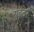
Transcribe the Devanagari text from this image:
ग्रुइटर